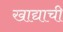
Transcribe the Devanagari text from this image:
खाद्याची